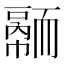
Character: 𦓠